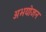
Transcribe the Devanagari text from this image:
अभयोजन